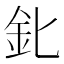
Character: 𨤽